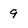
Character: 9